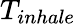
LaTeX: T_{inhale}